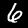
Label: 6